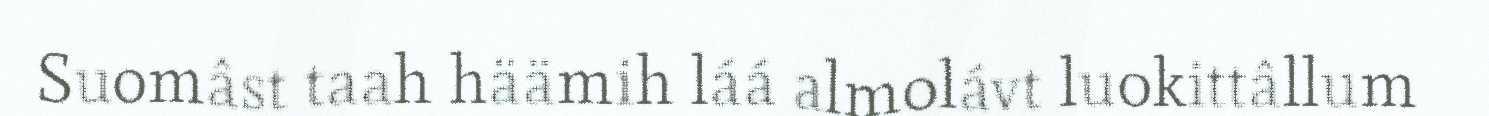
Suomâst taah häämih láá almolávt luokittâllum